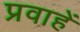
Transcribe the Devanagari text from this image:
प्रवाहें